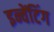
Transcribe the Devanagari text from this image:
इन्वेंटिंग